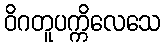
ဝိဂတူပက္ကိလေသေ